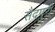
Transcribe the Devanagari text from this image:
सैदपुरी